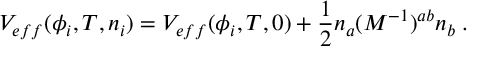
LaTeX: V _ { e f f } ( \phi _ { i } , T , n _ { i } ) = V _ { e f f } ( \phi _ { i } , T , 0 ) + { \frac { 1 } { 2 } } n _ { a } ( { \cal M } ^ { - 1 } ) ^ { a b } n _ { b } \; .